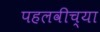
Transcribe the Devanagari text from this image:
पहलवीच्या